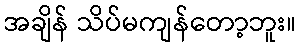
အချိန် သိပ်မကျန်တော့ဘူး။